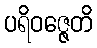
ပရိဝဇ္ဇေတိ